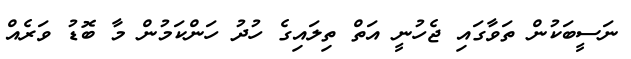
ނަސީބަކުން ތަވާގައި ޖެހުނީ އަތް ތިލައިގެ ހުދު ހަންކަމުން މާ ބޮޑު ވަރެއް